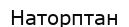
Наторптан